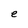
Character: e